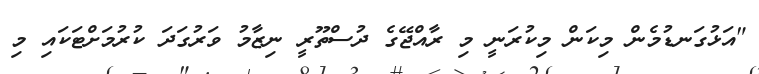
"އަޅުގަނޑުމެން މިކަން މިކުރަނީ މި ރާއްޖޭގެ ދުސްތޫރީ ނިޒާމު ވަރުގަދަ ކުރުމަށްޓަކައި މި